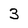
Character: 3